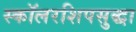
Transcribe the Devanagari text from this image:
स्कॉलरशिपसुद्धा